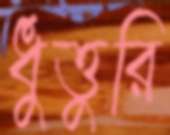
ধুত্তুরি